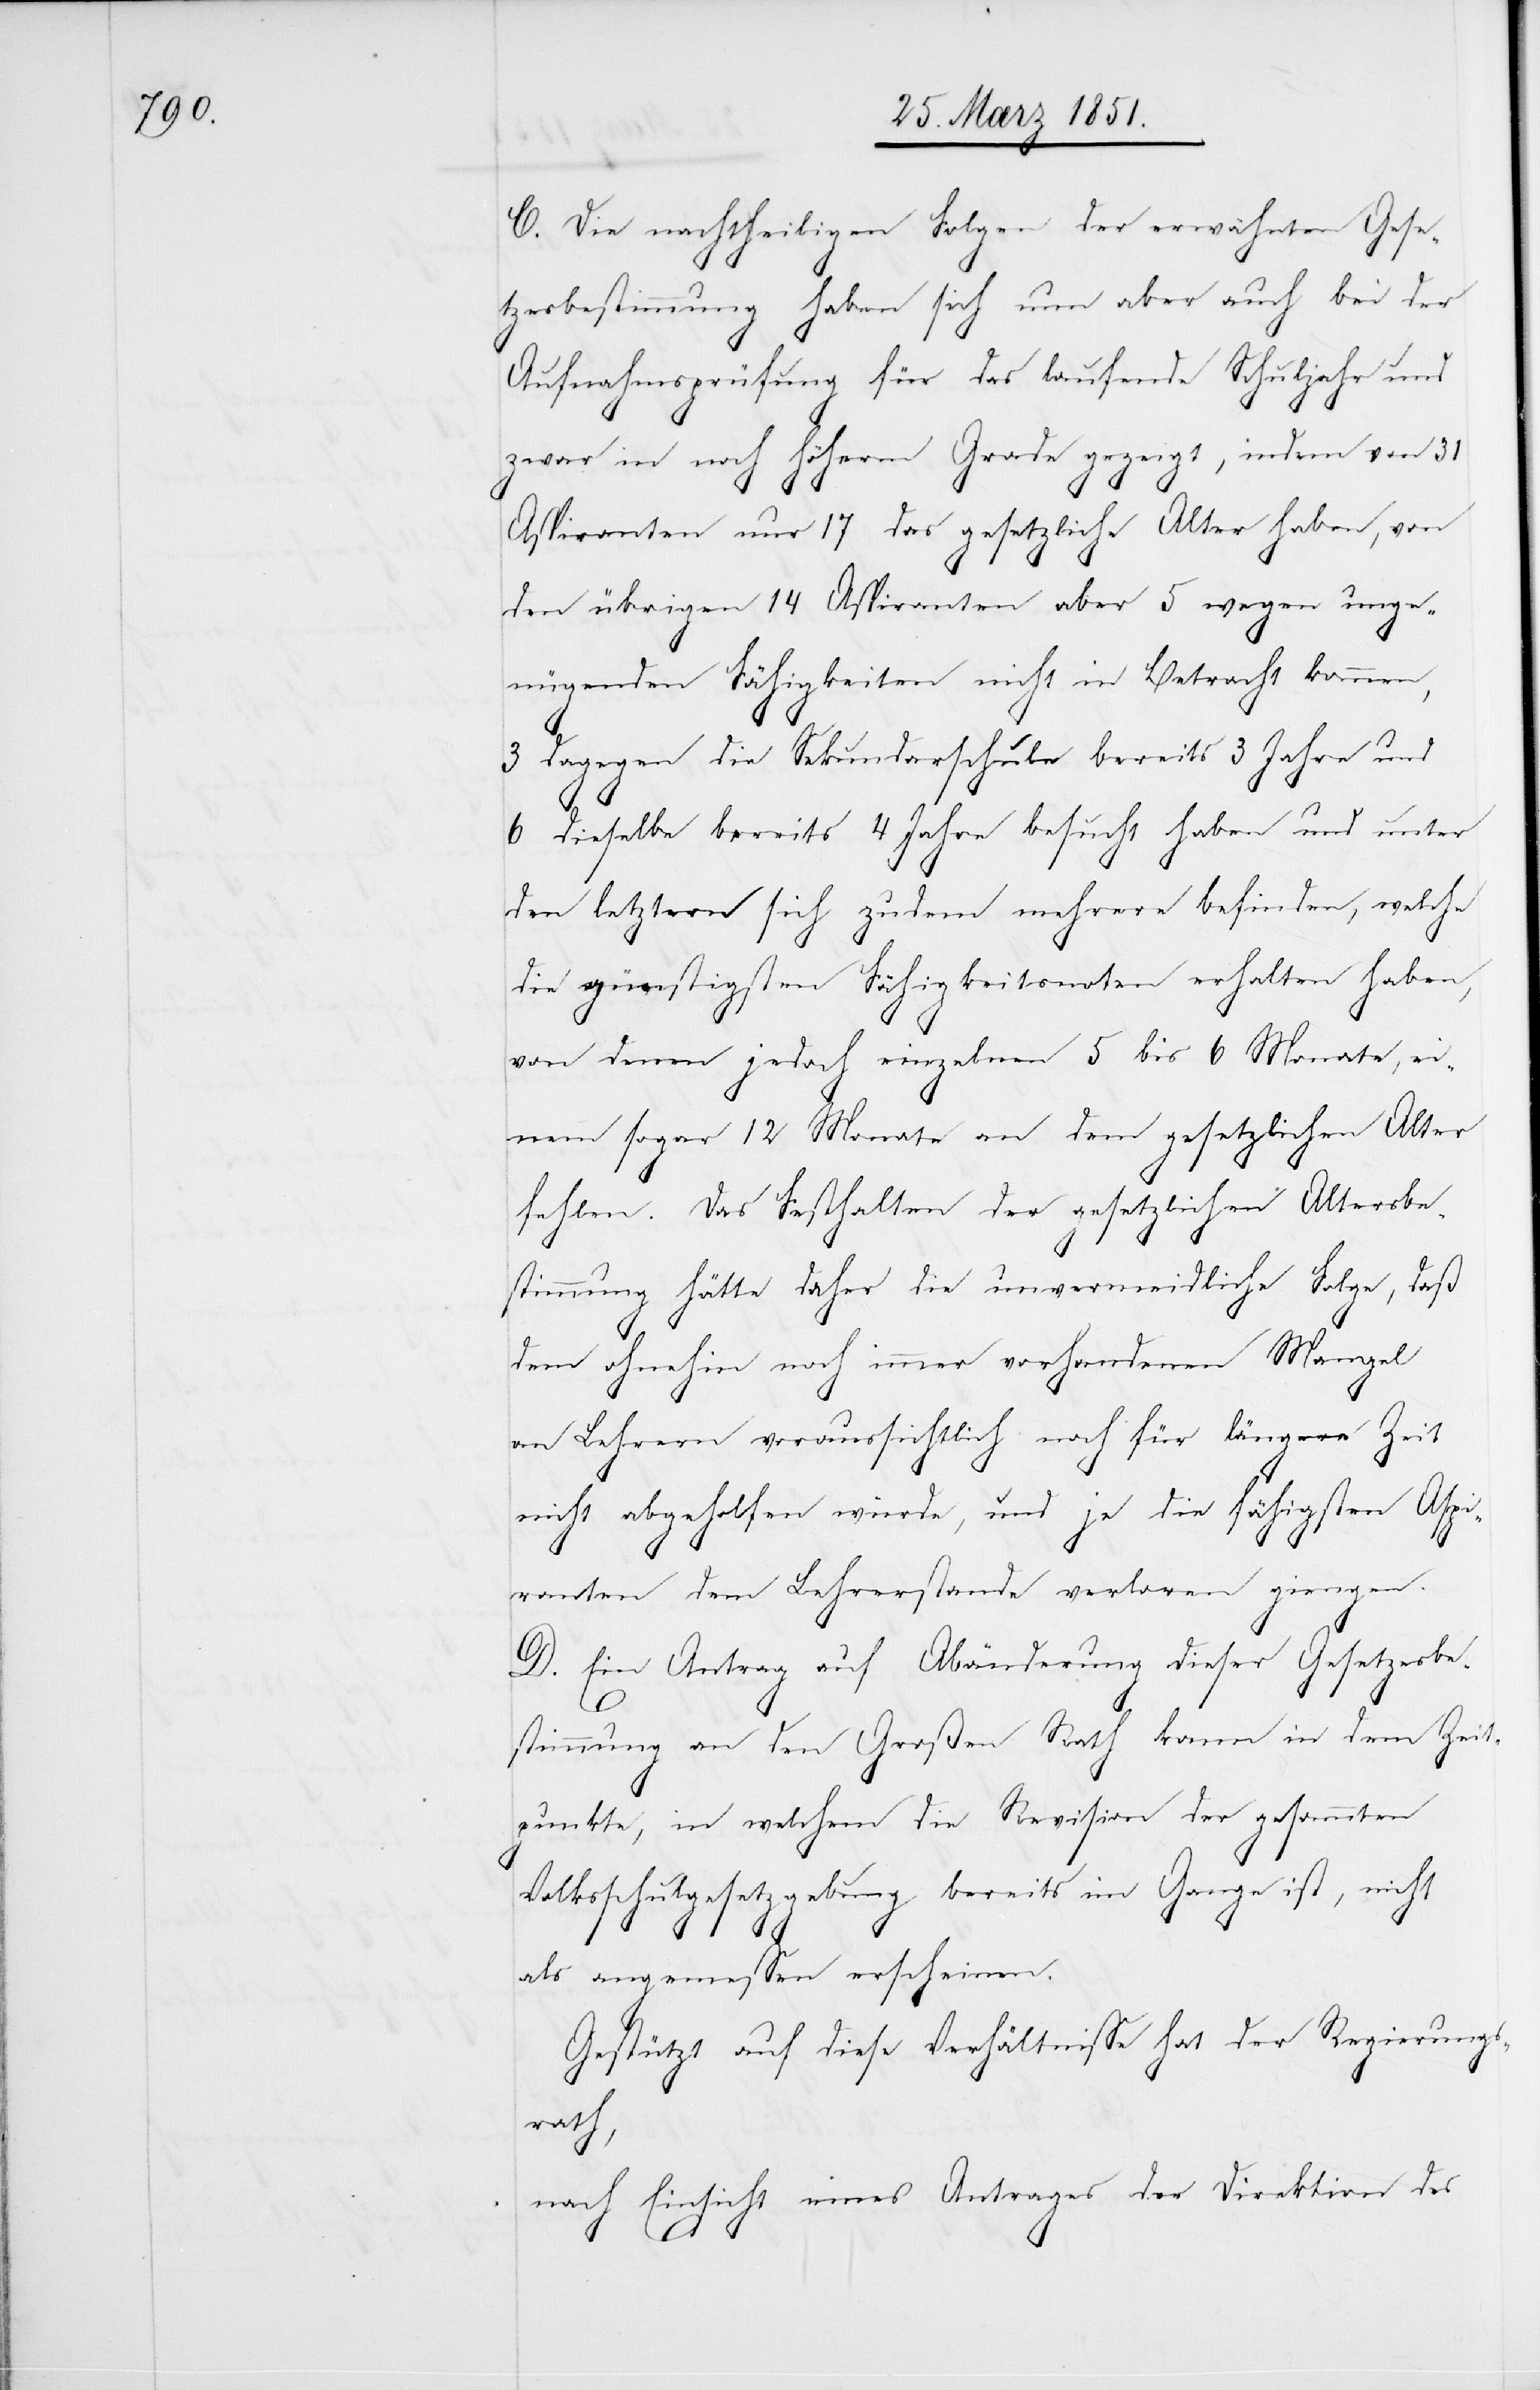
C. Die nachtheiligen Folgen der erwähnten Gese¬
tzesbestimmung haben sich nun aber auch bei der
Aufnahmsprüfung für das laufende Schuljahr und
zwar in noch höherm Grade gezeigt, indem von 31
Aspiranten nur 17 das gesetzliche Alter haben, von
den übrigen 14 Aspiranten aber 5 wegen unge¬
nügenden Fähigkeiten nicht in Betracht kommen,
3 dagegen die Sekundarschule bereits 3 Jahre und
6 dieselbe bereits 4 Jahre besucht haben und unter
den letztern sich zudem mehrere befinden, welche
die günstigsten Fähigkeitsnoten erhalten haben,
von denen jedoch einzelnen 5 bis 6 Monate, ei¬
nem sogar 12 Monate an dem gesetzlichen Alter
fehlen. Das Festhalten der gesetzlichen Altersbe¬
stimmung hätte daher die unvermeidliche Folge, daß
dem ohnehin noch immer vorhandenen Mangel
an Lehrern voraussichtlich noch für längere Zeit
nicht abgeholfen würde, und je die fähigsten Aspi¬
ranten dem Lehrerstande verloren giengen
D. Ein Antrag auf Abänderung dieser Gesetzesbe¬
stimmung an den Großen Rath kann in dem Zeit¬
punkte, in welchem die Revision der gesammten
Volksschulgesetzgebung bereits im Gange ist, nicht
als angemessen erscheinen.
Gestützt auf diese Verhältnisse hat der Regierungs¬
rath,
nach Einsicht eines Antrages der Direktion des